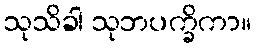
သုသိခါ သုဘပက္ခိကာ။